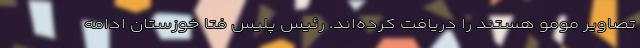
تصاویر مومو هستند را دریافت کرده‌اند. رئیس پلیس فتا خوزستان ادامه